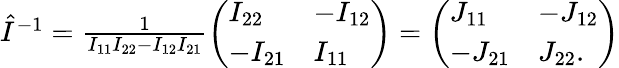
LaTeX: \begin{array}{r}{\hat{I}^{-1}=\frac{1}{I_{11}I_{22}-I_{12}I_{21}}\left(\begin{array}{ll}{I_{22}}&{-I_{12}}\\ {-I_{21}}&{I_{11}}\end{array}\right)=\left(\begin{array}{ll}{J_{11}}&{-J_{12}}\\ {-J_{21}}&{J_{22}.}\end{array}\right)}\end{array}